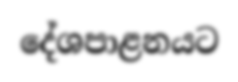
දේශපාළනයට